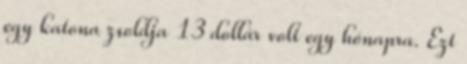
egy katona zsoldja 13 dollár volt egy hónapra. Ezt